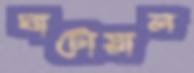
ঘাটোয়াল